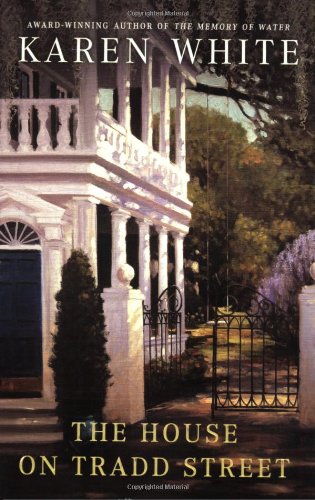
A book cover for The House on Tradd Street; Karen White; Mystery, Thriller & Suspense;